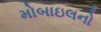
મોબાઇલનો